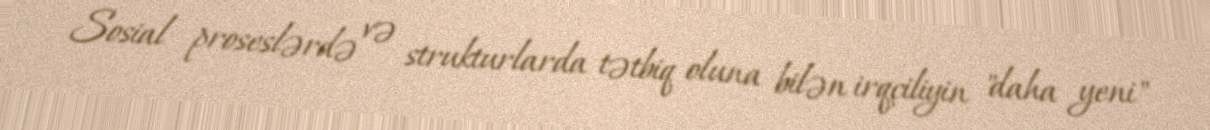
Sosial proseslərdə və strukturlarda tətbiq oluna bilən irqçiliyin "daha yeni"